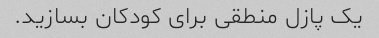
یک پازل منطقی برای کودکان بسازید.